Indian journal of veterinary science and animal husbandry - Volume 9,
Year: 1939
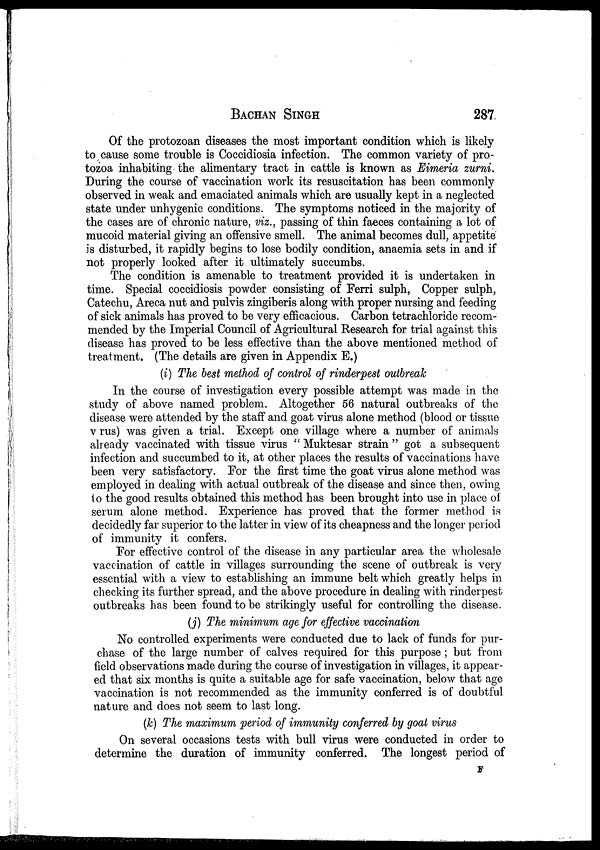
BACHAN SINGH 287
Of the protozoan diseases the most important condition which is likely
to cause some trouble is Coccidiosia infection. The common variety of pro-
tozoa inhabiting the alimentary tract in cattle is known as Eimeria zurni.
During the course of vaccination work its resuscitation has been commonly
observed in weak and emaciated animals which are usually kept in a neglected
state under unhygenic conditions. The symptoms noticed in the majority of
the cases are of chronic nature, viz., passing of thin faeces containing a lot of
mucoid material giving an offensive smell. The animal becomes dull, appetite
is disturbed, it rapidly begins to lose bodily condition, anaemia sets in and if
not properly looked after it ultimately succumbs.
The condition is amenable to treatment provided it is undertaken in
time. Special coccidiosis powder consisting of Ferri sulph, Copper sulph,
Catechu, Areca nut and pulvis zingiberis along with proper nursing and feeding
of sick animals has proved to be very efficacious. Carbon tetrachloride recom-
mended by the Imperial Council of Agricultural Research for trial against this
disease has proved to be less effective than the above mentioned method of
treatment. (The details are given in Appendix E.)
(i) The best method of control of rinderpest outbreak
In the course of investigation every possible attempt was made in the
study of above named problem. Altogether 56 natural outbreaks of the
disease were attended by the staff and goat virus alone method (blood or tissue
virus) was given a trial. Except one village where a number of animals
already vaccinated with tissue virus " Muktesar strain " got a subsequent
infection and succumbed to it, at other places the results of vaccinations have
been very satisfactory. For the first time the goat virus alone method was
employed in dealing with actual outbreak of the disease and since then, owing
to the good results obtained this method has been brought into use in place of
serum alone method. Experience has proved that the former method is
decidedly far superior to the latter in view of its cheapness and the longer period
of immunity it confers.
For effective control of the disease in any particular area the wholesale
vaccination of cattle in villages surrounding the scene of outbreak is very
essential with a view to establishing an immune belt which greatly helps in
checking its further spread, and the above procedure in dealing with rinderpest
outbreaks has been found to be strikingly useful for controlling the disease.
(j) The minimum age for effective vaccination
No controlled experiments were conducted due to lack of funds for pur-
chase of the large number of calves required for this purpose ; but from
field observations made during the course of investigation in villages, it appear-
ed that six months is quite a suitable age for safe vaccination, below that age
vaccination is not recommended as the immunity conferred is of doubtful
nature and does not seem to last long.
(k) The maximum period of immunity conferred by goat virus
On several occasions tests with bull virus were conducted in order to
determine the duration of immunity conferred. The longest period of
F